Vaccination report Assam 1874-1896 - 1874-1896
Year: 1874
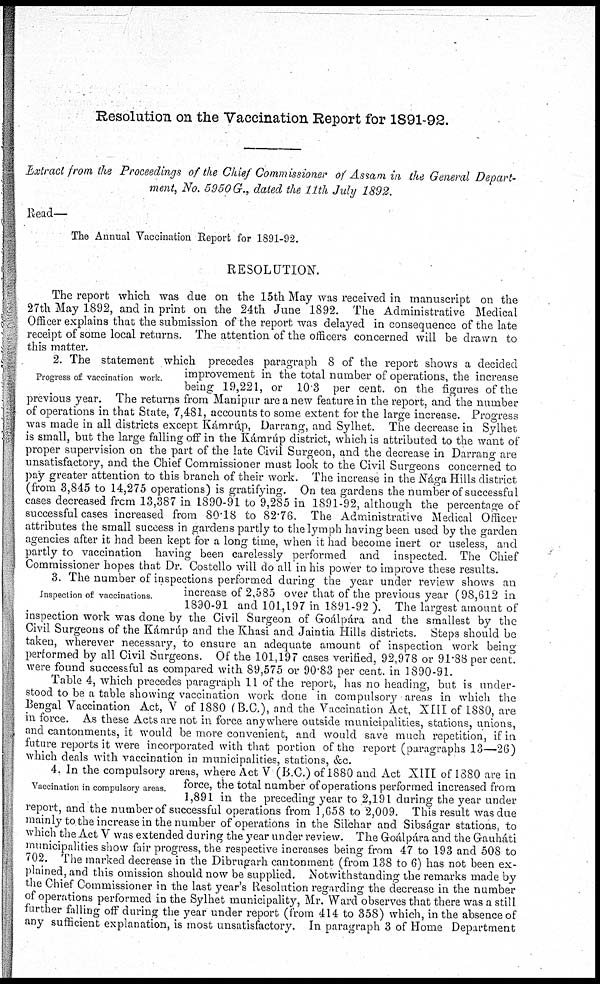
Resolution on the Vaccination Report for 1891-92.
Extract from the Proceedings of the Chief Commissioner of Assam in the General Depart-
ment, No. 5950 G., dated the 11th July 1892.
Read—
The Annual Vaccination Report for 1891-92.
RESOLUTION.
The report which was due on the 15th May was received in manuscript on the
27th May 1892, and in print on the 24th June 1892. The Administrative Medical
Officer explains that the submission of the report was delayed in consequence of the late
receipt of some local returns. The attention of the officers concerned will be drawn to
this matter.
Progress of vaccination work.
2. The statement which precedes paragraph 8 of the report shows a decided
improvement in the total number of operations, the increase
being 19,221, or 10.3 per cent. on the figures of the
previous year. The returns from Manipur are a new feature in the report, and the number
of operations in that State, 7,481, accounts to some extent for the large increase. Progress
was made in all districts except Kámrúp, Darrang, and Sylhet. The decrease in Sylhet
is small, but the large falling off in the Kámrúp district, which is attributed to the want of
proper supervision on the part of the late Civil Surgeon, and the decrease in Darrang are
unsatisfactory, and the Chief Commissioner must look to the Civil Surgeons concerned to
pay greater attention to this branch of their work. The increase in the Nága Hills district
(from 3,845 to 14,275 operations) is gratifying. On tea gardens the number of successful
cases decreased from 13,387 in 1890-91 to 9,285 in 1891-92, although the percentage of
successful cases increased from 80.18 to 82.76. The Administrative Medical Officer
attributes the small success in gardens partly to the lymph having been used by the garden
agencies after it had been kept for a long time, when it had become inert or useless, and
partly to vaccination having been carelessly performed and inspected. The Chief
Commissioner hopes that Dr. Costello will do all in his power to improve these results.
Inspection of vaccinations.
3. The number of inspections performed during the year under review shows an
increase of 2,585 over that of the previous year (98,612 in
1890-91 and 101,197 in 1891-92 ). The largest amount of
inspection work was done by the Civil Surgeon of Goálpára and the smallest by the
Civil Surgeons of the Kámrúp and the Khási and Jaintia Hills districts. Steps should be
taken, wherever necessary, to ensure an adequate amount of inspection work being
performed by all Civil Surgeons. Of the 101,197 cases verified, 92,978 or 91.88 per cent.
were found successful as compared with 89,575 or 90.83 per cent. in 1890-91.
Table 4, which precedes paragraph 11 of the report, has no heading, but is under-
stood to be a table showing vaccination work done in compulsory areas in which the
Bengal Vaccination Act, V of 1880 (B.C.), and the Vaccination Act, XIII of 1880, are
in force. As these Acts are not in force anywhere outside municipalities, stations, unions,
and cantonments, it would be more convenient, and would save much repetition, if in
future reports it were incorporated with that portion of the report (paragraphs 13—26)
which deals with vaccination in municipalities, stations, &c.
Vaccination in compulsory areas.
4. In the compulsory areas, where Act V (B.C.) of 1880 and Act XIII of 1880 are in
force, the total number of operations performed increased from
1,891 in the preceding year to 2,191 during the year under
report, and the number of successful operations from 1,658 to 2,009. This result was due
mainly to the increase in the number of operations in the Silchar and Sibságar stations, to
which the Act V was extended during the year under review. The Goálpára and the Gauháti
municipalities show fair progress, the respective increases being from 47 to 193 and 508 to
702. The marked decrease in the Dibrugarh cantonment (from 138 to 6) has not been ex-
plained, and this omission should now be supplied. Notwithstanding the remarks made by
the Chief Commissioner in the last year's Resolution regarding the decrease in the number
of operations performed in the Sylhet municipality, Mr. Ward observes that there was a still
further falling off during the year under report (from 414 to 358) which, in the absence of
any sufficient explanation, is most unsatisfactory. In paragraph 3 of Home Department